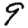
Digit: 9